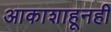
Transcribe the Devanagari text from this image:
आकाशाहूनही